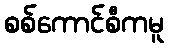
စစ်ကောင်စီကမူ